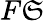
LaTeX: F\mathfrak{S}